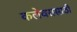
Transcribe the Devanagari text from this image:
कलेवरासाठी